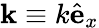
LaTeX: \mathbf{k}\equiv k\hat{\mathbf e}_{x}